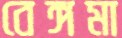
বেঙ্গমা